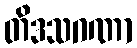
တိဒသဂဏာ